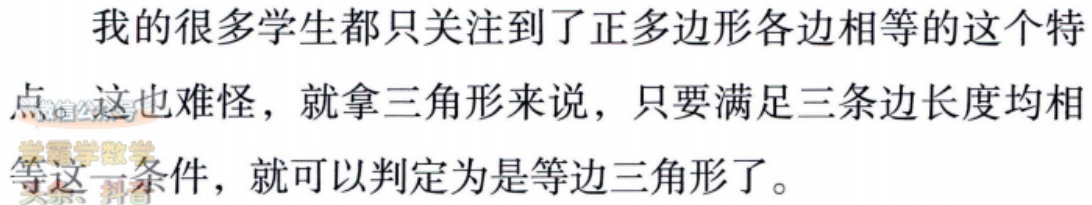
我的很多学生都只关注到了正多边形各边相等的这个特点。这也难怪，就拿三角形来说，只要满足三条边长度均相等这一条件，就可以判定为是等边三角形了。